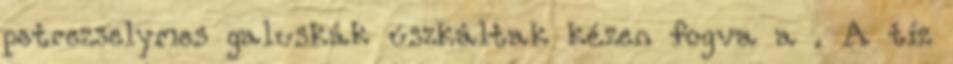
petrezselymes galuskák úszkáltak kézen fogva a . A tíz